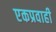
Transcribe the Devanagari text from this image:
एकप्रवाही